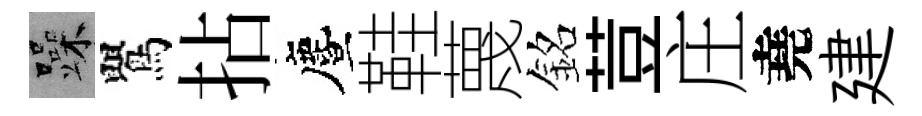
躁鸎拈󵨌鞋蔑銘荳庄堯建